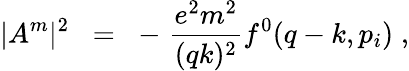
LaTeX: |A^{m}|^{2}\; \; =\; \; -\; \frac{e^{2}m^{2}}{(qk)^{2}}f^{0}(q-k,p_{i})\; ,